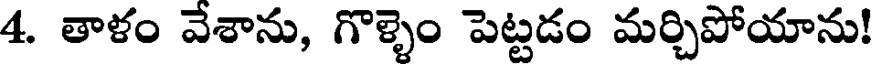
4. తాళం వేశాను, గొళ్ళెం పెట్టడం మర్చిపోయాను!